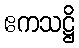
ဧကသဋ္ဌိ